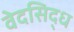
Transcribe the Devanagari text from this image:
वेदसिद्ध